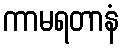
ကာမရတာနံ